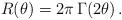
LaTeX: \begin{align*}R(\theta)=2\pi\,\Gamma(2\theta)\,.\end{align*}